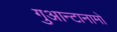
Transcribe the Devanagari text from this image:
गुआन्टानामो